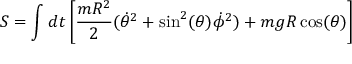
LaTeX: S = \int d t \left[ { \frac { m R ^ { 2 } } { 2 } } ( { \dot { \theta } } ^ { 2 } + \sin ^ { 2 } ( \theta ) { \dot { \phi } } ^ { 2 } ) + m g R \cos ( \theta ) \right]